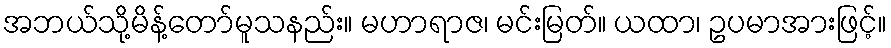
အဘယ်သို့မိန့်တော်မူသနည်း။ မဟာရာဇ၊ မင်းမြတ်။ ယထာ၊ ဥပမာအားဖြင့်။